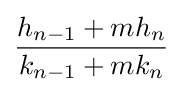
{\frac {h_{n-1}+mh_{n}}{k_{n-1}+mk_{n}}}